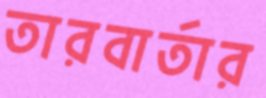
তারবার্তার